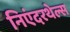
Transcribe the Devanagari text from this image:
निएंदरथेल्स